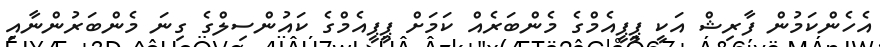
އެހެންކަމުން ފާރިޝް އަކީ ޕީޕީއެމްގެ މެންބަރެއް ކަމަށް ޕީޕީއެމްގެ ކައުންސިލްގެ ގިނަ މެންބަރުންނާއި